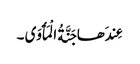
عِندَھا جَنَّةُ الْمَأْوَی ۔